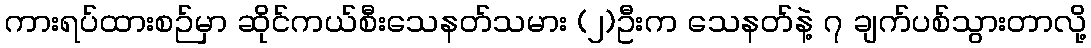
ကားရပ်ထားစဉ်မှာ ဆိုင်ကယ်စီးသေနတ်သမား (၂)ဦးက သေနတ်နဲ့ ၇ ချက်ပစ်သွားတာလို့